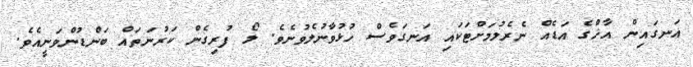
އަނގައިން އާޚްގެ އަޑެއް ނެރެލުމަށްޓަކައި އަނގަވެސް ހުޅުވާނުލެވުނެވެ. ލޯ ފުރިގެން ކަރުނަތައް ބަންޑުންވަނީއެވެ.